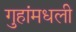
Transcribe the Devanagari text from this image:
गुहांमधली